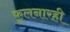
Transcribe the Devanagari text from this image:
फुलनारही